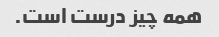
همه چیز درست است.